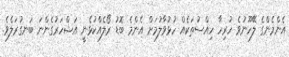
އެންމެންގެ ލޭހޫނުވެ ހުރިހާ ހިއްސުތަކެއް ހުޅުވާލުމަށް އެންމެ ބޮޑު ރޯލެއްކުޅެނީ އަޝްހަރުގެންނަ ބަނގުރަލެވެ.